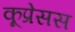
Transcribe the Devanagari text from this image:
कूप्रेसस